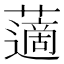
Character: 藡